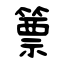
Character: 篻